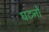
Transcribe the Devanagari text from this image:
घटनों